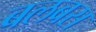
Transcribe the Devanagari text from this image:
बलबस